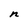
Character: n